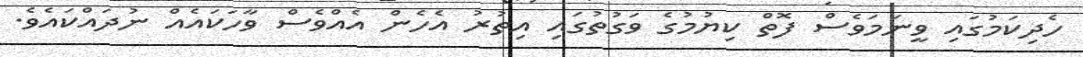
ހެދިކަމުގައި ވީނަމަވެސް ފޮތް ކިޔުމުގެ ވަގުތުގައި އިތުރު އެހެން އެއްވެސް ވާހަކައެއް ނުދައްކައެވެ.